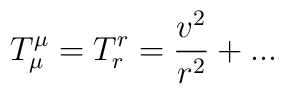
T_{\mu}^{\mu} = T_r^r = {v^2 \over r^2} + ...